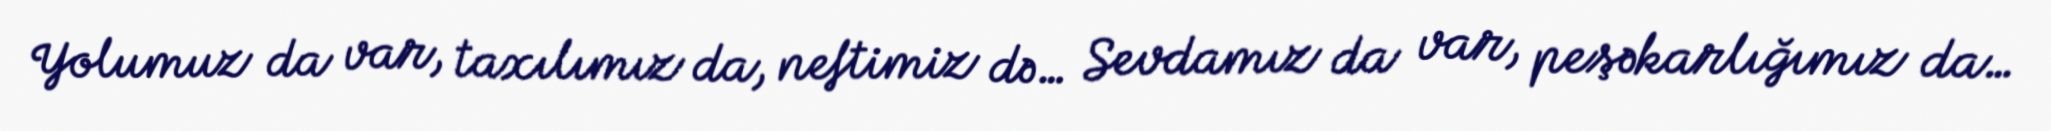
Yolumuz da var, taxılımız da, neftimiz də… Sevdamız da var, peşəkarlığımız da…